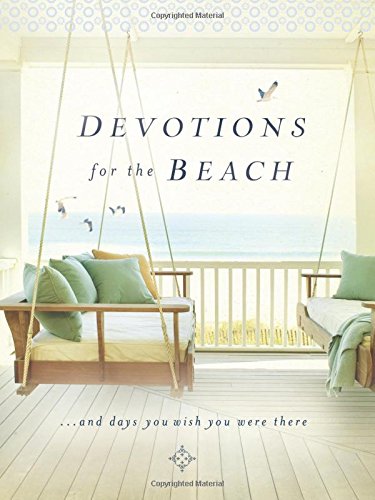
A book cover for Devotions for the Beach and Days You Wish You Were There; Thomas Nelson; Christian Books & Bibles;